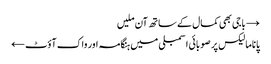
→ باجی بھی کمال کے ساتھ آن ملیں
پاناما لیکس پر صوبائی اسمبلی میں ہنگامہ اور واک آؤٹ ←